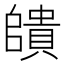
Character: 𮚠